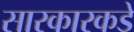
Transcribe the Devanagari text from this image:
सारकारकडे